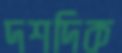
দশদিক